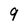
Character: 9